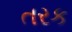
તરક